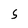
Character: S